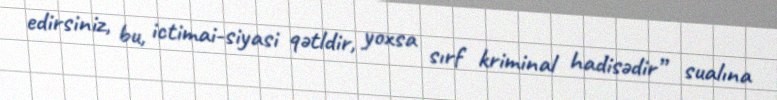
edirsiniz, bu, ictimai-siyasi qətldir, yoxsa sırf kriminal hadisədir” sualına